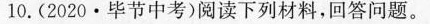
10.(2020·毕节中考)阅读下列材料，回答问题。